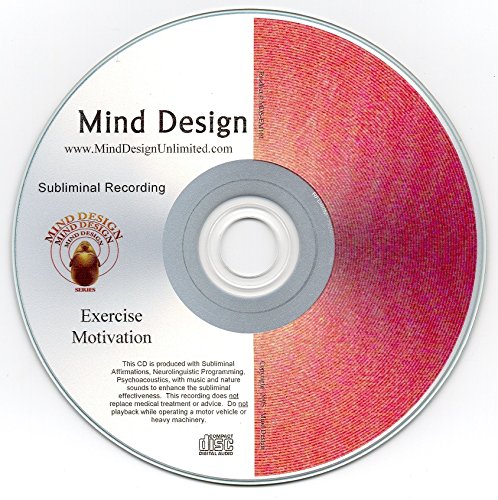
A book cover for Exercise Motivation Subliminal CD; Mind Design Unlimited; Health, Fitness & Dieting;